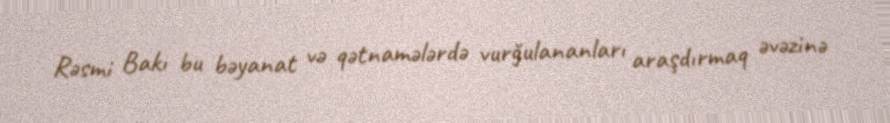
Rəsmi Bakı bu bəyanat və qətnamələrdə vurğulananları araşdırmaq əvəzinə